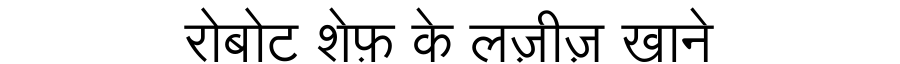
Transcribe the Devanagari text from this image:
रोबोट शेफ़ के लज़ीज़ खाने